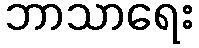
ဘာသာရေး